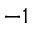
^ { - 1 }